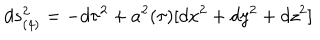
LaTeX: d s _ { ( 4 ) } ^ { 2 } = - d \tau ^ { 2 } + a ^ { 2 } ( \tau ) [ d x ^ { 2 } + d y ^ { 2 } + d z ^ { 2 } ]